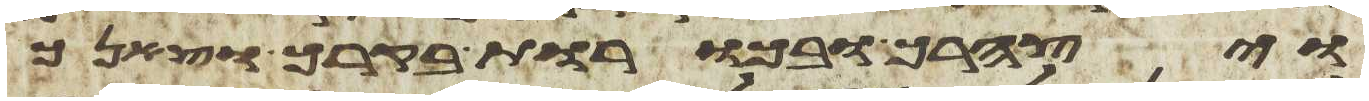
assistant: ויצהרך ובכורת בקרך וצאנך